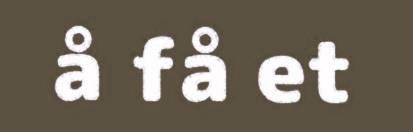
å få et